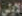
الأولي